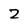
Character: z